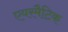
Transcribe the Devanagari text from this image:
एयरमैटिक